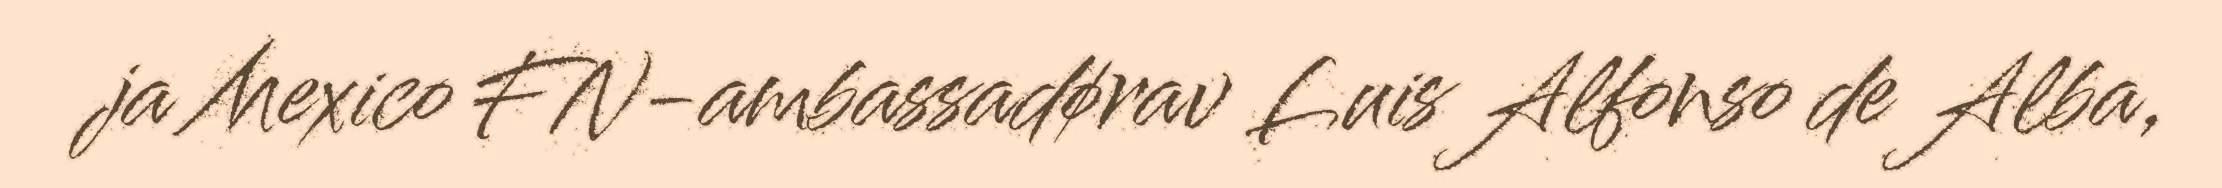
ja Mexico FN-ambassadørav Luis Alfonso de Alba,